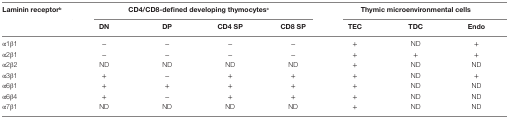
| <ROWSPAN=2> Laminin receptorb | <COLSPAN=4> CD4/CD8-defined developing thymocytesc | <COLSPAN=3> Thymic microenvironmental cells |
 | DN | DP | CD4 SP | CD8 SP | TEC | TDC | Endo |
 | --- | --- | --- | --- | --- | --- | --- | --- |
 | α1β1 | − | − | − | − | + | ND | + |
 | α2β1 | − | − | − | − | + | + | + |
 | α2β2 | ND | ND | ND | ND | + | ND | ND |
 | α3β1 | + | − | + | + | + | ND | + |
 | α6β1 | + | + | + | + | + | ND | ND |
 | α6β4 | + | − | + | + | + | ND | ND |
 | α7β1 | ND | ND | ND | ND | + | ND | ND |